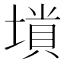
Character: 𡏶